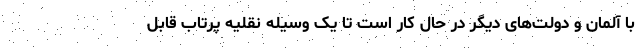
با آلمان و دولت‌های دیگر در حال کار است تا یک وسیله نقلیه پرتاب قابل